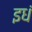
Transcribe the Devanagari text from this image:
इधं